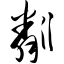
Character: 粼